King Institute of Preventive Medicine Bacteriolog. Section reports 1907-08
Year: 1907
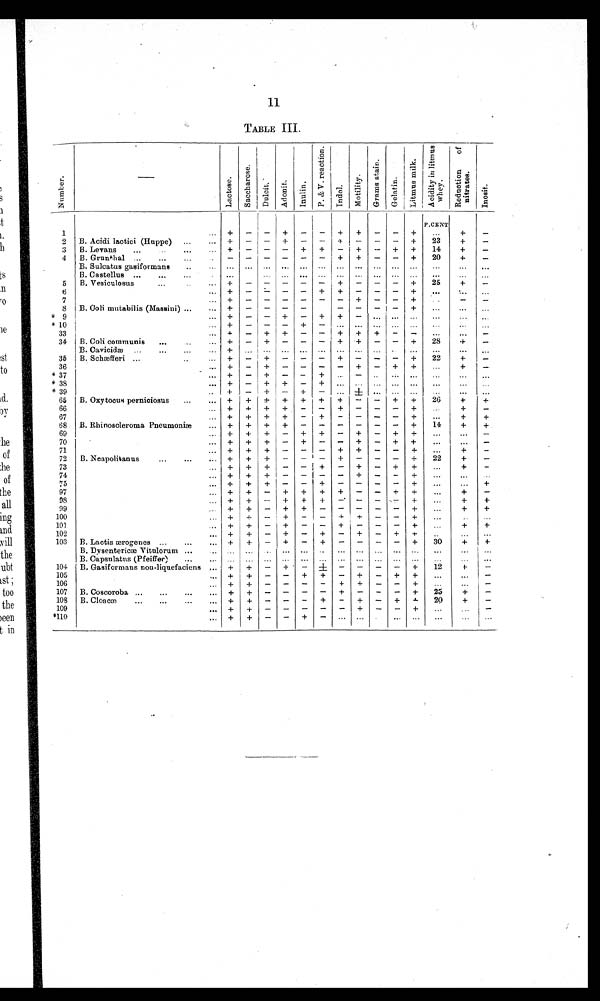
11
TABLE
III.
N u m b e r
Lact ose
S a c c h a r o s e
D u l c i t .
A d o n i t
I n u l i n .
P & V r e a c t i o n
I n d o l .
M o t i l i t y
G r a m s s t a i n .
L i q u e f a c t i o n
g e l a t i n e
L i t m u s m i l k . A s i d i l y i n l u t m u s
w h e y
R e d u c t i o n
n i t r a t e s
o
I n
I
P.CENT
...
23
14
20
...
...
25
...
1
2
3
4
5
6
B. Acidi lactici (Euppe)
...
B. Levans
...
..
...
B. Grunthal ..
...
B. Sulcatus gasiformans
..
B. Castellus ...
...
...
B. Vesiculosus
...
...
...
+
+
-
...
...
+
+
—
-
-
...
-
-
—
-
-
...
-
-
+
-
-
...
..•
-
-
+
-
...
•••
-
-
+
-
...
•••
-
+
+
+
-
+
...
-
+
+
+
-
+
+
...
-
-
—
-
--
-
...
-
-
—
-
+
-
...
-
-
+
+
+
+
...
...
+
+
+
+
+
+
...
+
...
-
-
-
-
. . .
...
-
7
8
9
* 10
33
34
35
B. Coli mutabilis (Massini) ...
B. Coli communis
...
B. Cavicidæ ...
B. Schæfferi ...
..
...
...
...
...
...
+
+
+
+
+
-
—
-
-
-
-
+
+
+
+
+
+
-
-
-
—
-
-
+
—
-
-
-
-
+
H+
+
...
+
-
-
-
+
+
...
-
+
...
+
-
...
-
-
-
-
.
-
+
+
...
...
-
+
...
+
+
...
...
...
...
28
...
22
...
-
. . .
...
...
+
. . .
+
+
-
...
..
-
-
...
-
—.
...
...
+
+
-
+
-
+
-
+
-
-
1-
+
...
-
..
...
...
...
...
...
.. .
...
...
..
+
-
+
-
-
...
... ...
. . .
...
...
B. Oxytocus pernioiosus
...
...
...
+
+
+
+
+
-
-
+
+
26
+
+
+
-
B. Rhinoscleroma Pneumonia
...
...
+
+
+
+
+
+
+
+
+
-
-
+
-
+
-
-
-
+
-
-
-
+
+
+
14
...
+
+
. . .
+
+
-
...
+
+
+
-
+
-
-
+
-
+
+
...
...
-
.
B. Neapolitanns
...
...
..,
...
...
+
+
+
+
+
+
+
+
+
-
-
-
-
-
-
-
I -
+
+
+
-
+
-
+
-
-
-
-
-
+
+
+
+
...
22
...
+
+
+
-
-
-
... +
+
+ I -
-
-
-
+
-
-
+
...
...
... +
+
-
-
+
-
-
-
-
+
...
+
... +
+
-
+
+
+
+
-
-
+
+
. . .
+
-
+
+
-
+
+
+
-
-
+
...
+
+
+
+
-
+
+
-
-
-
-
-
+
+
+
... +
+
-
+
-
-
+
-
+
...
...
-
+
-
-
+
-
-
-
+
...
+
+
B. Lactis æmrogenes ...
...
B. Dvsenterica Vitulorum ...
B. Capsulatns (Pfeiffer)
...
B. Gasiformans non-liquefaciens
B. Coscoroba ...
...
...
B. Cloacæ
...
...
...
...
...
...
...
...
...
+
+
...
...
+
+
+
+
+
+
+
-
+
-
...
... ...
+
-
+
-
+
-
+
-
+
-
+
-
+
+
...
+
-
-
-
-
-
-
-
...
...
-
+
-
-
-
-
+
+
...
+
-
-
+
-
-
-
...
-
-
-
+
+
-
-
+
-
...
...
-
+
+
-
+
+
-
-
...
...
-
-
-
-
-
-
+
-
...
...
-
+
-
-
+
-
...
+
+
...
+
+
+
+
+
+
- .
..
30
...
...
12
...
...
25
20
...
...
...
+
...
t-•
...
...
+
+
..
...
i +
...
...
-
-
-
-
-
...